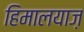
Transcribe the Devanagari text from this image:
हिमालयाज़